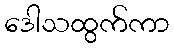
ဒေါသထွက်ကာ